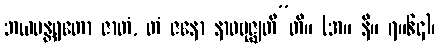
ဘယမန္တရတော ဇာတံ, တံ ဇနော နာဝဗုဇ္ဈတီ”တိ။ (အ။ နိ။ ၇။၆၄)၊